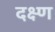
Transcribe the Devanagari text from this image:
दक्ष्ण